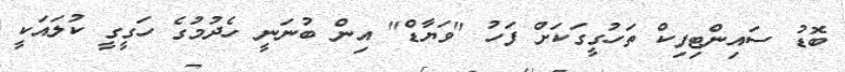
ބޮޑު ސައިންޓިފިކް ތަހުގީގަކަށް ފަހު "ވަޔާޑް" އިން ބުނަނީ ހެދުމުގެ ހަގީގީ ކުލައަކީ